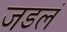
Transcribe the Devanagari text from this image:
जडलं